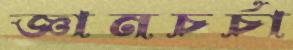
জ্ঞানচর্চা